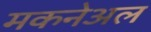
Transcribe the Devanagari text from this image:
मकनेअल